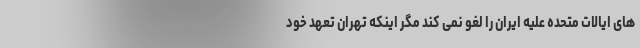
های ایالات متحده علیه ایران را لغو نمی کند مگر اینکه تهران تعهد خود